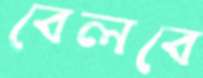
বেলবে